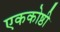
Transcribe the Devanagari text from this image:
एककोष्ठी